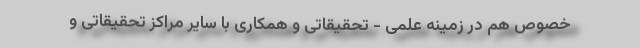
خصوص هم در زمینه علمی - تحقیقاتی و همکاری با سایر مراکز تحقیقاتی و